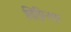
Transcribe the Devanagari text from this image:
लिग्निनचा